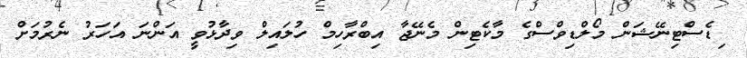
ިޑެސްޓިނޭޝަން މޯލްޑިވްސްގެ މާކެޓިން މެނޭޖާ އިބްރާހިމް ހުލައިލް ވިދާޅުވީ އަންނަ އަހަރު ނެރުމަށް